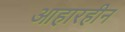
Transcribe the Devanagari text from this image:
आहारहीन